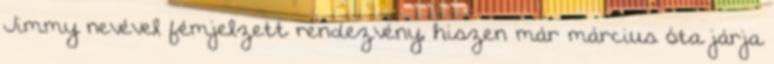
Jimmy nevével fémjelzett rendezvény, hiszen már március óta járja